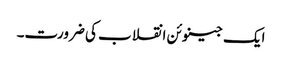
ایک جینوئن انقلاب کی ضرورت۔